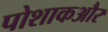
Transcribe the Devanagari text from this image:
पोशाकऔर